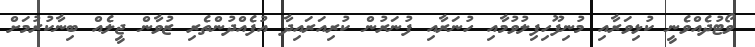
ވޯޓުދެއްވެނީ ކުޅިވަރާއި މުނިފޫހިފިލުވުމާއި ހުނަރާއި ފުނަރުން ކުރިއަރައިދާ އުފެއްދުންތެރި ޒުވާން ޖީލެއް ބިނާކުރުމަށް